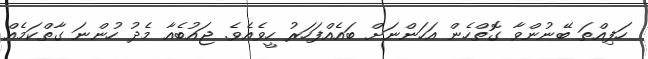
ހަފިއްތަ ބޭނުންވާ ގޮތްހެން އަހަންނަށް ބައެއްފަހަރު ހީވެއެވެ. ޖައުބެއާ މެދު ހުންނަ ގާތްކަމެއް